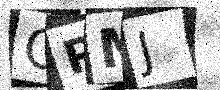
Text: OPMJ